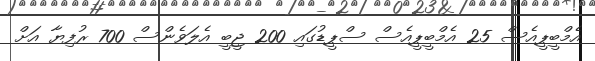
އެމްބީޕީއެސް 25 އެމްބީޕީއެސް ސްޕީޑުގައި 200 ޖީބީ އެލަވެންސް 700 ރުފިޔާ އަށް